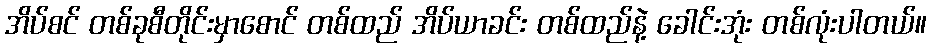
အိပ်စင် တစ်ခုစီတိုင်းမှာစောင် တစ်ထည် အိပ်ယာခင်း တစ်ထည်နဲ့ ခေါင်းအုံး တစ်လုံးပါတယ်။